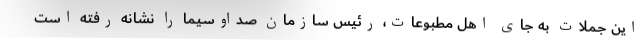
این جملات به جای اهل مطبوعات، رئیس سازمان صداوسیما را نشانه رفته است